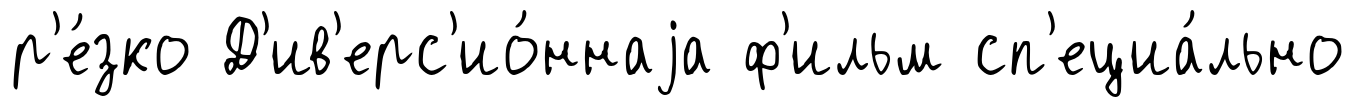
р'е́зко Д'ив'ерс'ио́ннаjа ф'ильм сп'ециа́льно